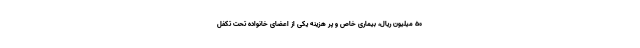
۵۰ میلیون ریال، بیماری خاص و پر هزینه یکی از اعضای خانواده تحت تکفل